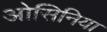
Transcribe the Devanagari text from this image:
ओसिनिया